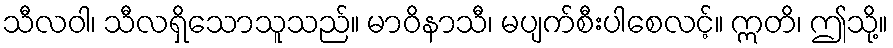
သီလဝါ၊ သီလရှိသောသူသည်။ မာဝိနာသီ၊ မပျက်စီးပါစေလင့်။ ဣတိ၊ ဤသို့။